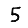
Digit: 5